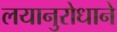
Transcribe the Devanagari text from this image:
लयानुरोधाने